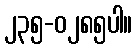
၂၃၅-၀၂၈၅ပါ။